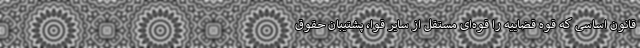
قانون اساسی که قوه قضاییه را قوه‌ای مستقل از سایر قوا، پشتیبان حقوق